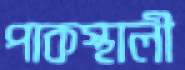
পাকস্থালী